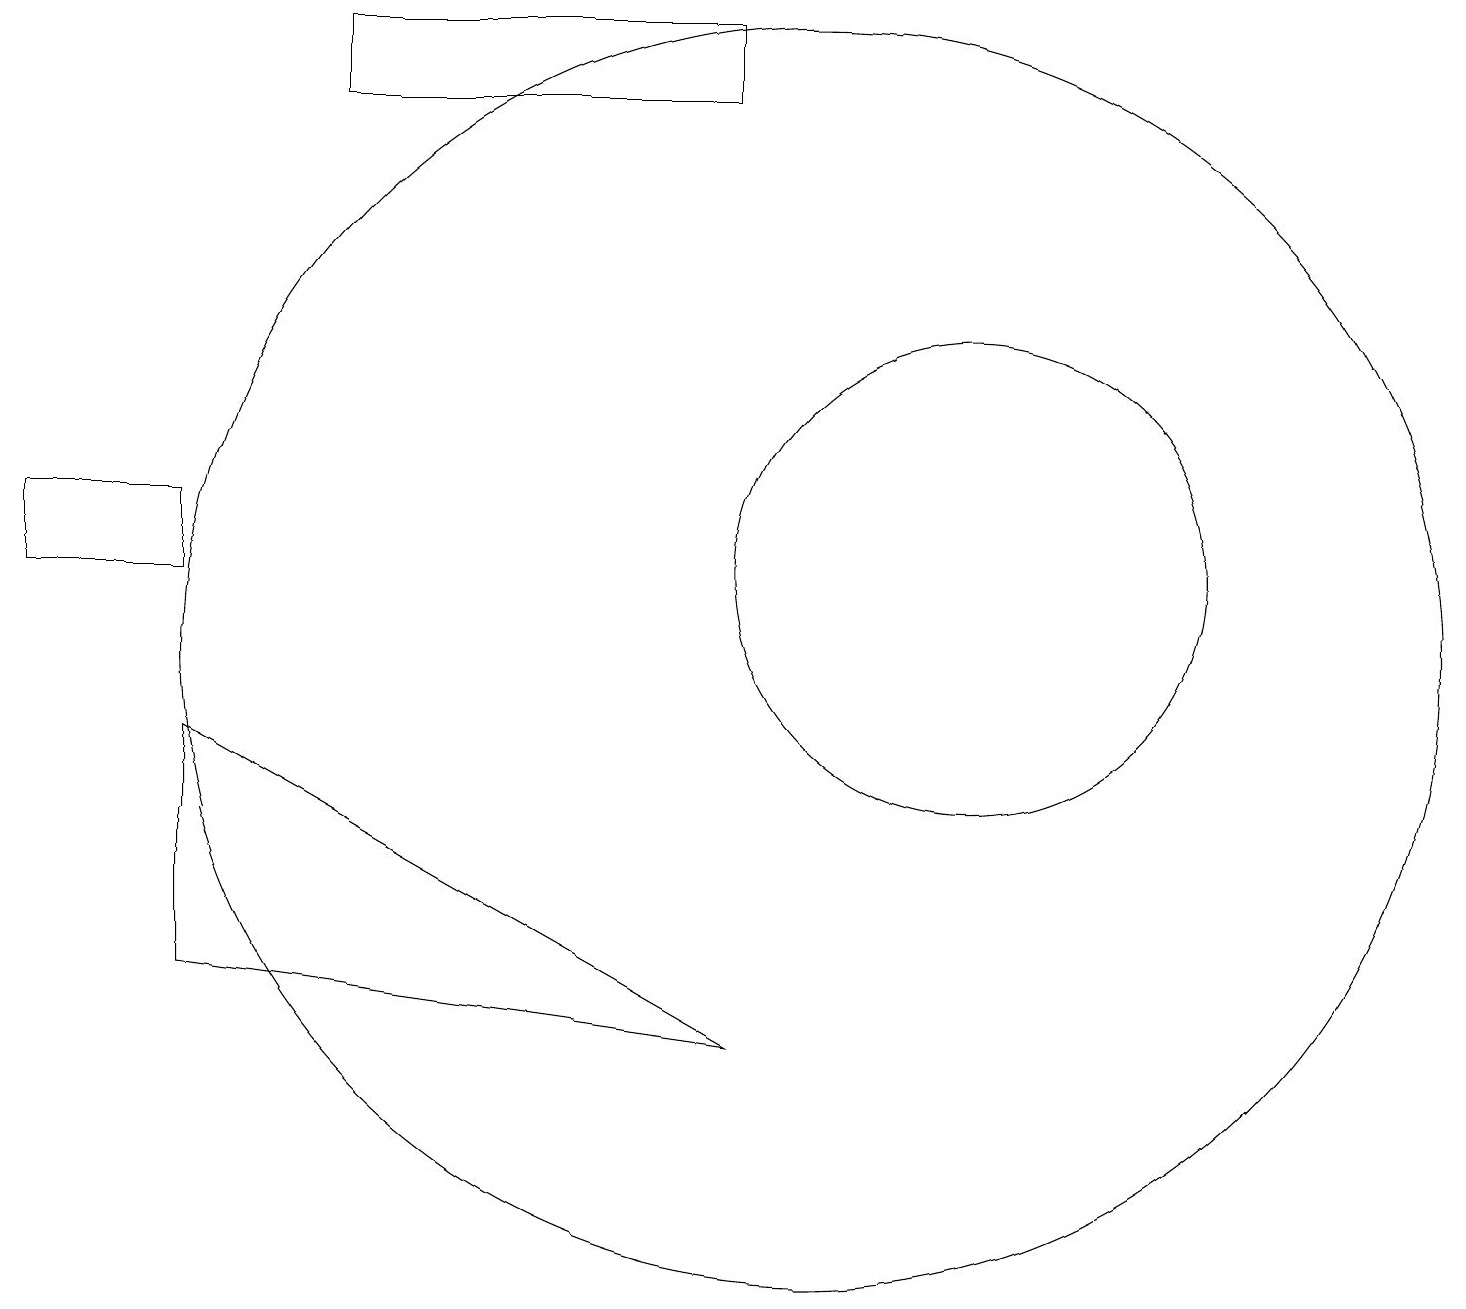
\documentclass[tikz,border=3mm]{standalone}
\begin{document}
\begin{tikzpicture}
\draw (12,11) circle (3);
\draw (0,11) rectangle (2,12);
\draw (2,9) -- (2,6) -- (9,5) -- cycle;
\draw (4,18) rectangle (9,17);
\draw (10,10) circle (8);
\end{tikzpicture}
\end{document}